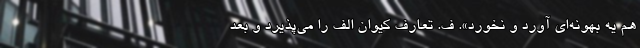
هم یه بهونه‌ای آورد و نخورد». ف. تعارف کیوان الف را می‌پذیرد و بعد